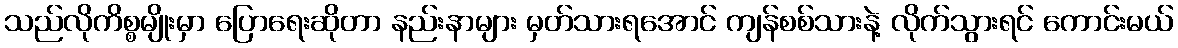
သည်လိုကိစ္စမျိုးမှာ ပြောရေးဆိုတာ နည်းနာများ မှတ်သားရအောင် ကျန်စစ်သားနဲ့ လိုက်သွားရင် ကောင်းမယ်